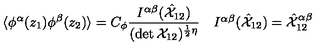
\begin{array} { c c } { \displaystyle { \langle \phi ^ { \alpha } ( z _ { 1 } ) \phi ^ { \beta } ( z _ { 2 } ) \rangle = C _ { \phi } \frac { I ^ { \alpha \beta } ( \hat { { \cal X } } _ { 1 2 } ) } { ( \det { \cal X } _ { 1 2 } ) ^ { \frac { 1 } { 2 } \eta } } } } & { I ^ { \alpha \beta } ( \hat { { \cal X } } _ { 1 2 } ) = \hat { { \cal X } } _ { 1 2 } ^ { \alpha \beta } } \\ \end{array}